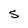
Character: s